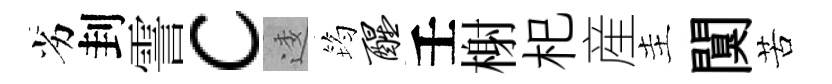
劣刲霅c逶筠醒壬榭𣏌産主闃苦